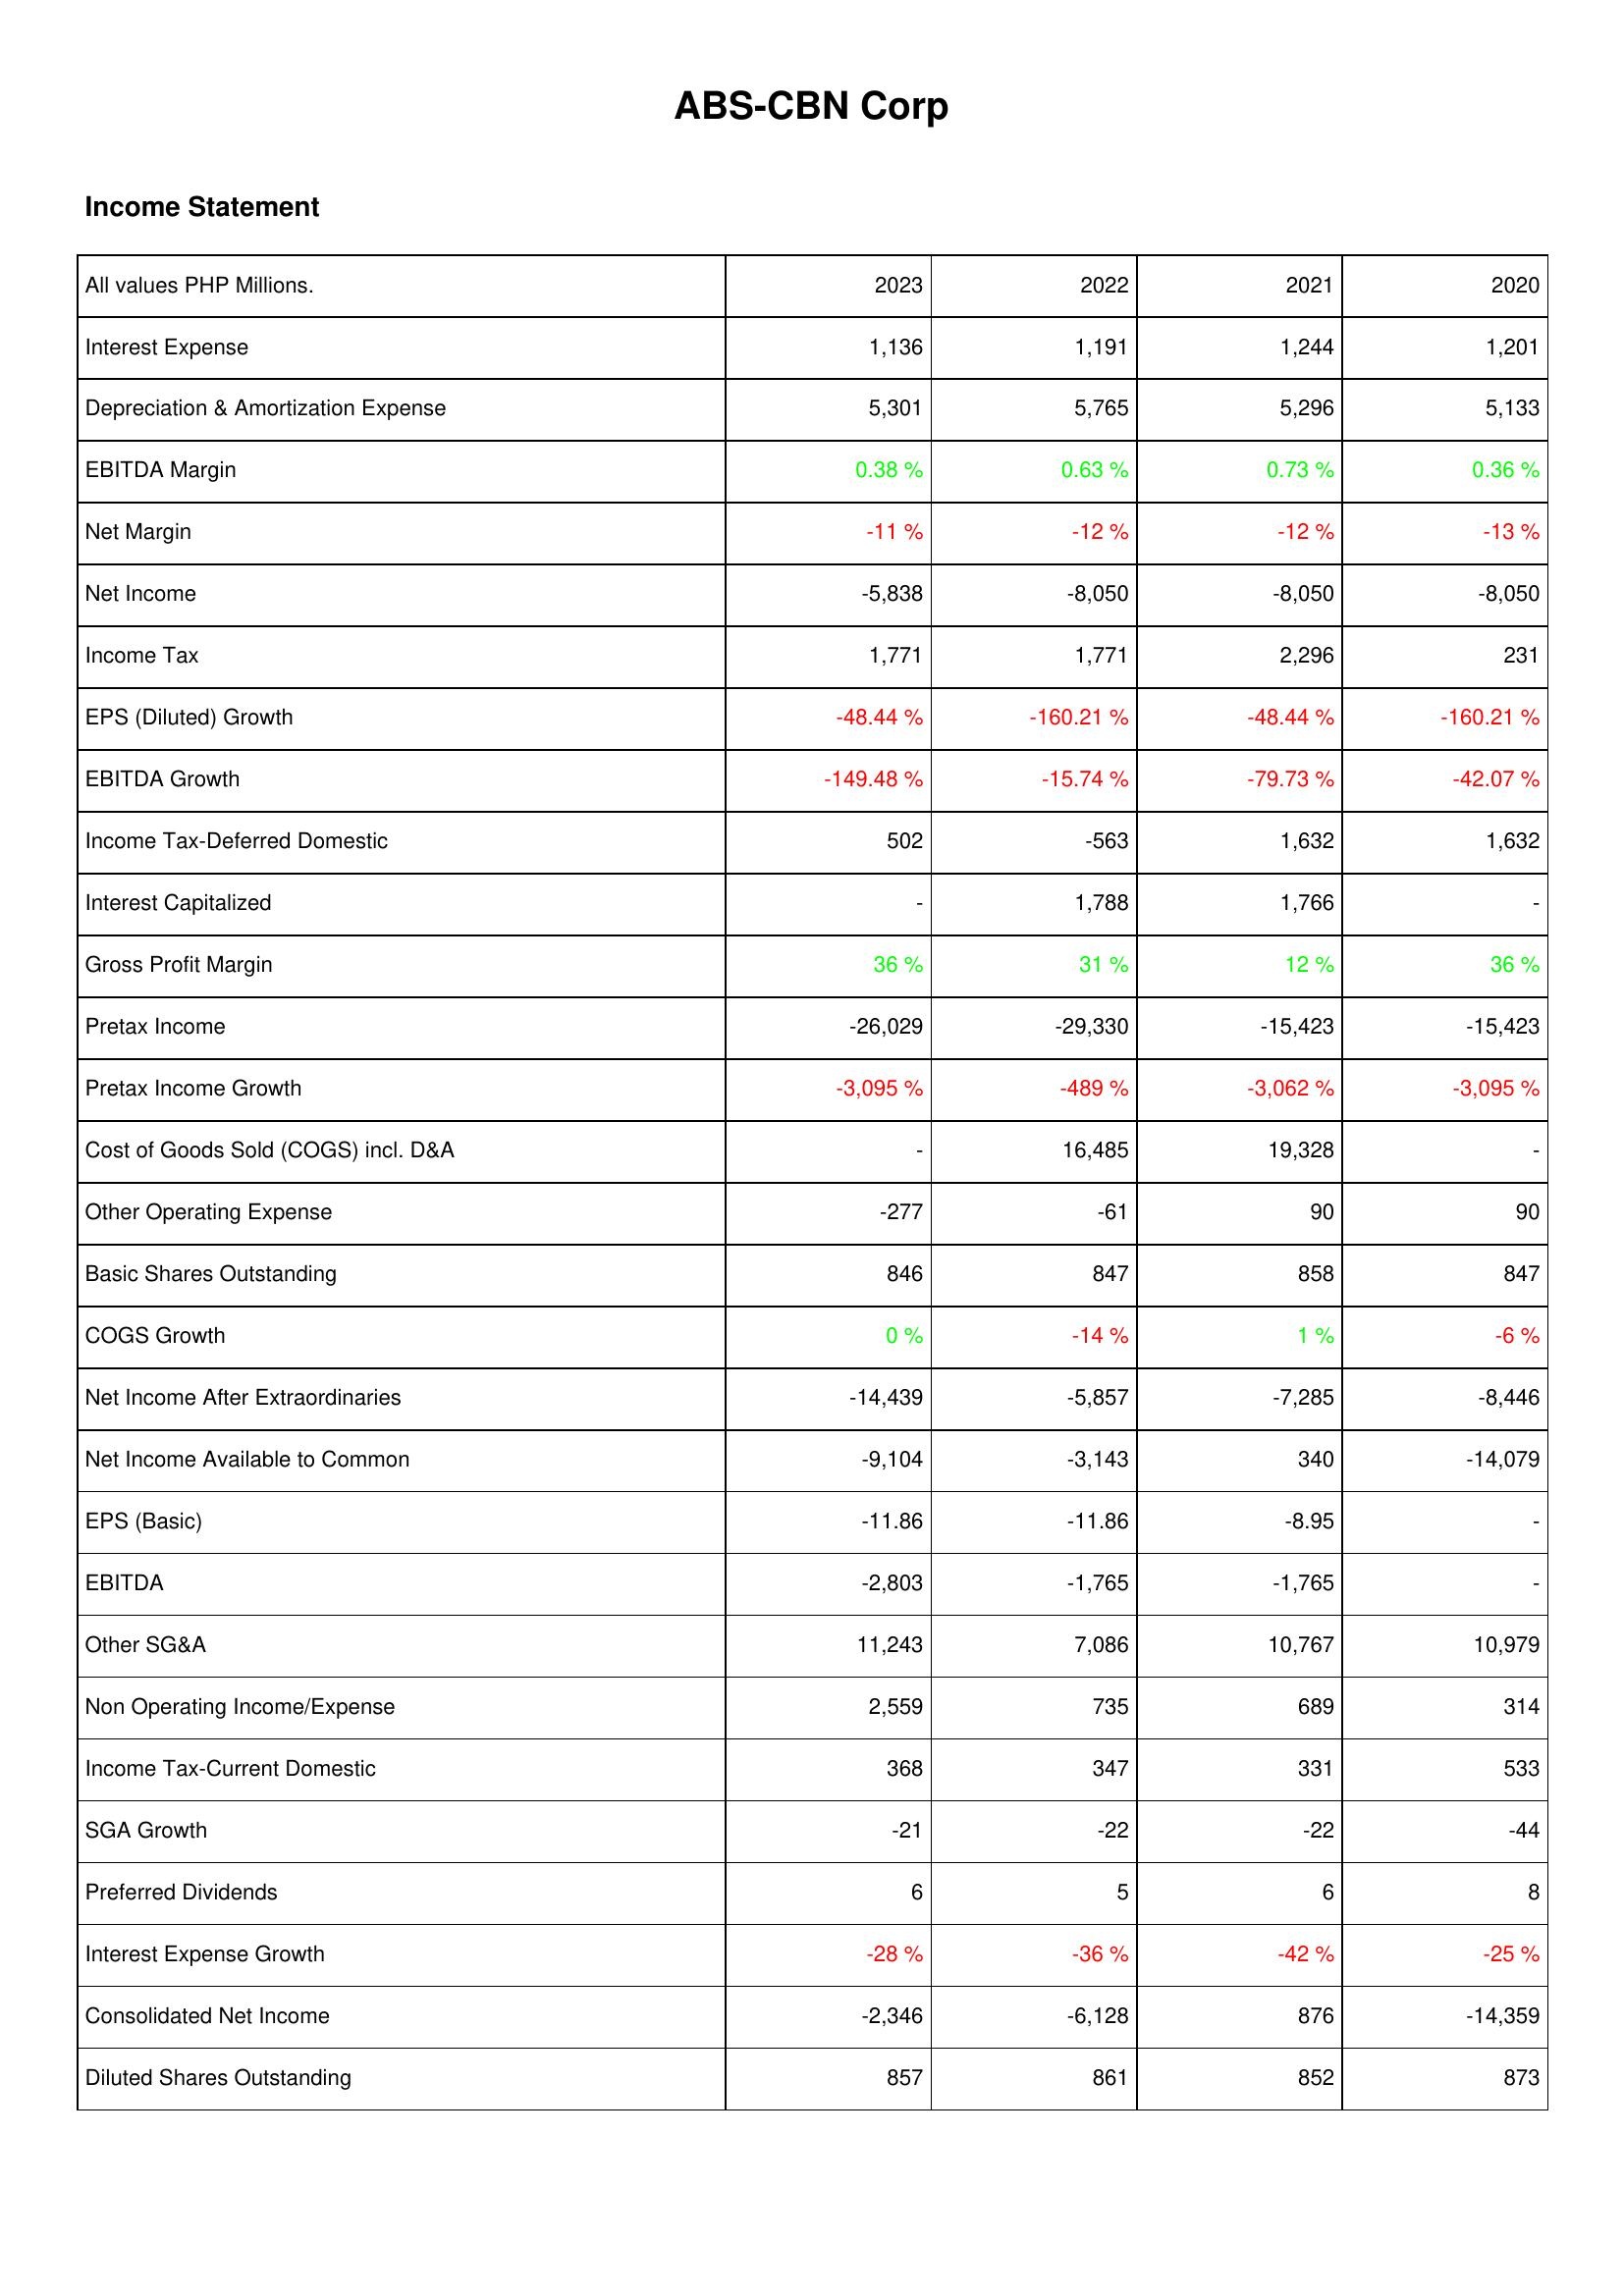
2023: Income Statement: Interest Expense: 1,136
Depreciation & Amortization Expense: 5,301
EBITDA Margin: 0.38 %
Net Margin: -11 %
Net Income: -5,838
Income Tax: 1,771
EPS (Diluted) Growth: -48.44 %
EBITDA Growth: -149.48 %
Income Tax-Deferred Domestic: 502
Interest Capitalized: -
Gross Profit Margin: 36 %
Pretax Income: -26,029
Pretax Income Growth: -3,095 %
Cost of Goods Sold (COGS) incl. D&A: -
Other Operating Expense: -277
Basic Shares Outstanding: 846
COGS Growth: 0 %
Net Income After Extraordinaries: -14,439
Net Income Available to Common: -9,104
EPS (Basic): -11.86
EBITDA: -2,803
Other SG&A: 11,243
Non Operating Income/Expense: 2,559
Income Tax-Current Domestic: 368
SGA Growth: -21
Preferred Dividends: 6
Interest Expense Growth: -28 %
Consolidated Net Income: -2,346
Diluted Shares Outstanding: 857
2022: Income Statement: Interest Expense: 1,191
Depreciation & Amortization Expense: 5,765
EBITDA Margin: 0.63 %
Net Margin: -12 %
Net Income: -8,050
Income Tax: 1,771
EPS (Diluted) Growth: -160.21 %
EBITDA Growth: -15.74 %
Income Tax-Deferred Domestic: -563
Interest Capitalized: 1,788
Gross Profit Margin: 31 %
Pretax Income: -29,330
Pretax Income Growth: -489 %
Cost of Goods Sold (COGS) incl. D&A: 16,485
Other Operating Expense: -61
Basic Shares Outstanding: 847
COGS Growth: -14 %
Net Income After Extraordinaries: -5,857
Net Income Available to Common: -3,143
EPS (Basic): -11.86
EBITDA: -1,765
Other SG&A: 7,086
Non Operating Income/Expense: 735
Income Tax-Current Domestic: 347
SGA Growth: -22
Preferred Dividends: 5
Interest Expense Growth: -36 %
Consolidated Net Income: -6,128
Diluted Shares Outstanding: 861
2021: Income Statement: Interest Expense: 1,244
Depreciation & Amortization Expense: 5,296
EBITDA Margin: 0.73 %
Net Margin: -12 %
Net Income: -8,050
Income Tax: 2,296
EPS (Diluted) Growth: -48.44 %
EBITDA Growth: -79.73 %
Income Tax-Deferred Domestic: 1,632
Interest Capitalized: 1,766
Gross Profit Margin: 12 %
Pretax Income: -15,423
Pretax Income Growth: -3,062 %
Cost of Goods Sold (COGS) incl. D&A: 19,328
Other Operating Expense: 90
Basic Shares Outstanding: 858
COGS Growth: 1 %
Net Income After Extraordinaries: -7,285
Net Income Available to Common: 340
EPS (Basic): -8.95
EBITDA: -1,765
Other SG&A: 10,767
Non Operating Income/Expense: 689
Income Tax-Current Domestic: 331
SGA Growth: -22
Preferred Dividends: 6
Interest Expense Growth: -42 %
Consolidated Net Income: 876
Diluted Shares Outstanding: 852
2020: Income Statement: Interest Expense: 1,201
Depreciation & Amortization Expense: 5,133
EBITDA Margin: 0.36 %
Net Margin: -13 %
Net Income: -8,050
Income Tax: 231
EPS (Diluted) Growth: -160.21 %
EBITDA Growth: -42.07 %
Income Tax-Deferred Domestic: 1,632
Interest Capitalized: -
Gross Profit Margin: 36 %
Pretax Income: -15,423
Pretax Income Growth: -3,095 %
Cost of Goods Sold (COGS) incl. D&A: -
Other Operating Expense: 90
Basic Shares Outstanding: 847
COGS Growth: -6 %
Net Income After Extraordinaries: -8,446
Net Income Available to Common: -14,079
EPS (Basic): -
EBITDA: -
Other SG&A: 10,979
Non Operating Income/Expense: 314
Income Tax-Current Domestic: 533
SGA Growth: -44
Preferred Dividends: 8
Interest Expense Growth: -25 %
Consolidated Net Income: -14,359
Diluted Shares Outstanding: 873